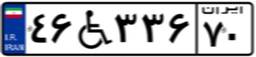
۴۶W۳۳۶۷۰